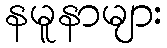
နမူနာများ